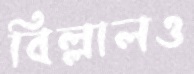
বিল্লালও